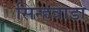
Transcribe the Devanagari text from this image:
सिन्हवाडा